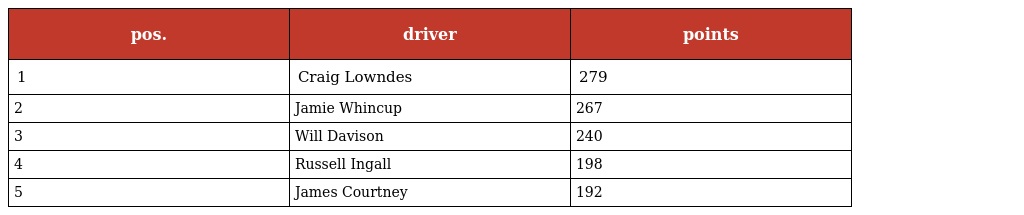
| pos. | driver | points |
 | --- | --- | --- |
 | 1 | Craig Lowndes | 279 |
 | 2 | Jamie Whincup | 267 |
 | 3 | Will Davison | 240 |
 | 4 | Russell Ingall | 198 |
 | 5 | James Courtney | 192 |